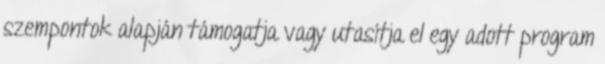
szempontok alapján támogatja vagy utasítja el egy adott program